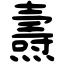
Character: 燾